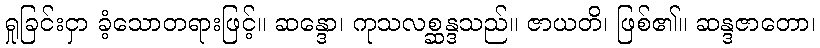
ရှုခြင်းငှာ ခံ့သောတရားဖြင့်။ ဆန္ဒော၊ ကုသလစ္ဆန္ဒသည်။ ဇာယတိ၊ ဖြစ်၏။ ဆန္ဒဇာတော၊